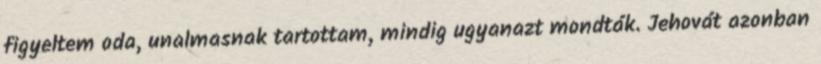
figyeltem oda, unalmasnak tartottam, mindig ugyanazt mondták. Jehovát azonban